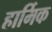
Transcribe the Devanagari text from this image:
हार्मिक